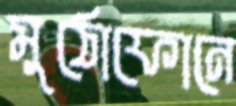
মুঠোফোনে